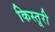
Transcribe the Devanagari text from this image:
किस्तूरी